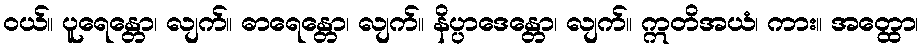
ဝယ်။ ပူရေန္တော၊ လျက်။ ဓာရေန္တော၊ လျက်။ နိပ္ပာဒေန္တော၊ လျက်။ ဣတိအယံ၊ ကား။ အတ္ထော၊